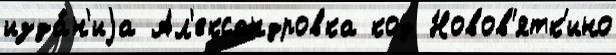
изда́н'иjа Ал'ександровка код Новов'ятк'ино